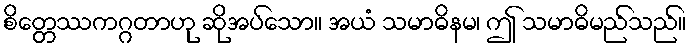
စိတ္တေဿကဂ္ဂတာဟု ဆိုအပ်သော။ အယံ သမာဓိနမ၊ ဤ သမာဓိမည်သည်။